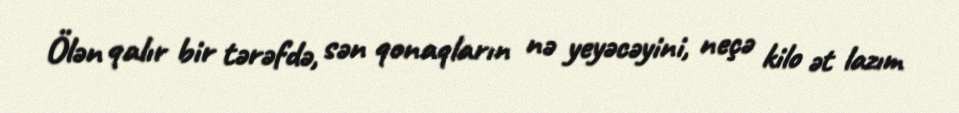
Ölən qalır bir tərəfdə, sən qonaqların nə yeyəcəyini, neçə kilo ət lazım